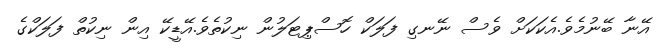
އޭނާ ބޭނުމެވެ.އެކަކަށް ވެސް ނޭނގި ފަލަކް ހޮސްޕިޓަލުން ނިކުތެވެ.އޭޑީކޭ އިން ނިކުތް ފަލަކްގެ